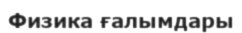
Физика ғалымдары